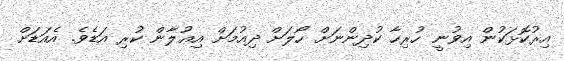
އިރުކޮޅަކުން އިވުނީ ހުރިހާ ކުދިންނަށް ހޯލަށް ދިއުމަށް އިޢުލާން ކުރި އަޑެވެ. އެއަޑަށް